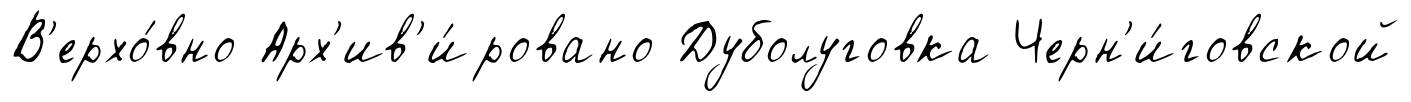
В'ерхо́вно Арх'ив'и́ровано Дуболуговка Черн'и́говской